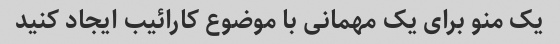
یک منو برای یک مهمانی با موضوع کارائیب ایجاد کنید